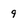
Character: 9